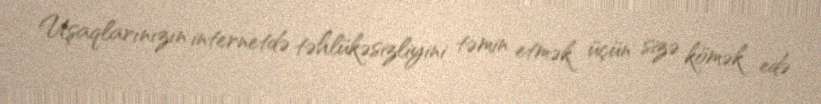
Uşaqlarınızın internetdə təhlükəsizliyini təmin etmək üçün sizə kömək edə